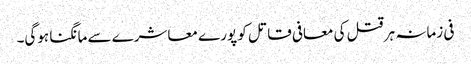
فی زمانہ ہر قتل کی معافی قاتل کو پورے معاشرے سے مانگنا ہوگی۔